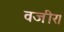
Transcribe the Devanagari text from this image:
वजीर।